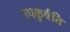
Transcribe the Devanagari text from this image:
उपकुर्वंति